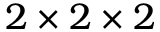
2 \times 2 \times 2